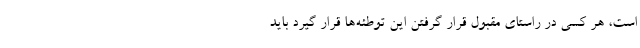
است، هر کسی در راستای مقبول قرار گرفتن این توطئه‌ها قرار گیرد باید